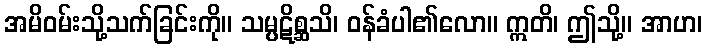
အမိဝမ်းသို့သက်ခြင်းကို။ သမ္ပဋိစ္ဆသိ၊ ဝန်ခံပါ၏လော။ ဣတိ၊ ဤသို့။ အာဟ၊